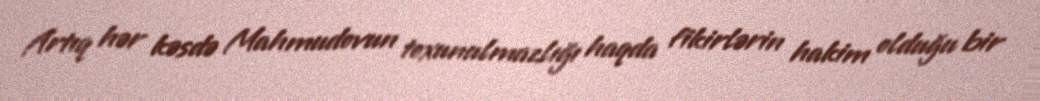
Artıq hər kəsdə Mahmudovun toxunulmazlığı haqda fikirlərin hakim olduğu bir